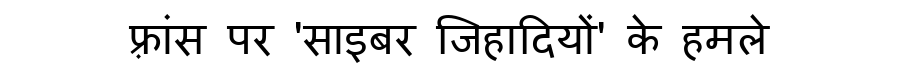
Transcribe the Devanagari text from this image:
फ़्रांस पर 'साइबर जिहादियों' के हमले